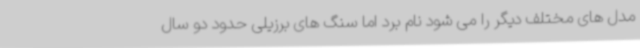
مدل های مختلف دیگر را می شود نام برد اما سنگ های برزیلی حدود دو سال